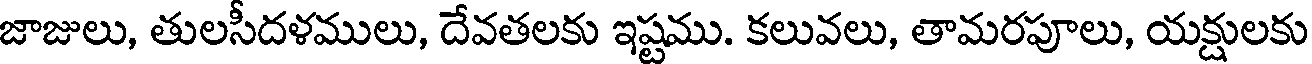
జాజులు, తులసీదళములు, దేవతలకు ఇష్టము. కలువలు, తామరపూలు, యక్షులకు